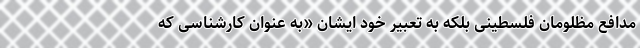
مدافع مظلومان فلسطینی بلکه به تعبیر خود ایشان «به عنوان کارشناسی که